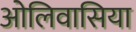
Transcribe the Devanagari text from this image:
ओलिवासिया